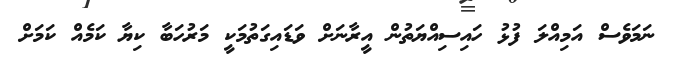
ނަމަވެސް އަމިއްލަ ފުޅު ހައިސިއްޔަތުން އީރާނަށް ވަޑައިގަތުމަކީ މަރުހަބާ ކިޔާ ކަމެއް ކަމަށް